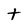
Character: t